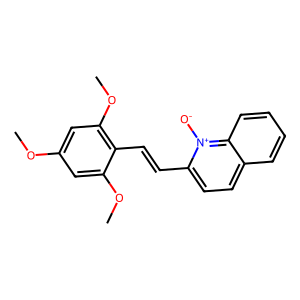
SMILES: COc1cc(OC)c(C=Cc2ccc3ccccc3[n+]2[O-])c(OC)c1
Inhibits HIV replication: No